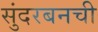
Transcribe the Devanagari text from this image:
सुंदरबनची